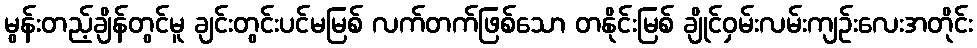
မွန်းတည့်ချိန်တွင်မူ ချင်းတွင်းပင်မမြစ် လက်တက်ဖြစ်သော တနိုင်းမြစ် ချိုင်ဝှမ်းလမ်းကျဉ်းလေးအတိုင်း